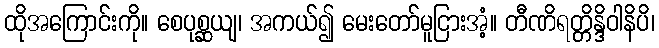
ထိုအကြောင်းကို။ စေပုစ္ဆယျ၊ အကယ်၍ မေးတော်မူငြားအံ့။ တီဏိရတ္တိန္ဒိဝါနိပိ၊